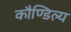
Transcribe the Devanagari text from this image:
कौण्डिल्य